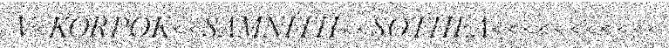
V<KORPOK<<SAMNITH<<SOTHEA<<<<<<<<<<<